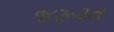
જરૂરત